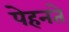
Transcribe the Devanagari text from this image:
पेहनते